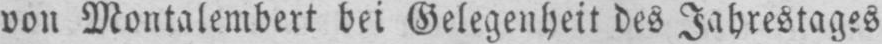
von Montalembert bei Gelegenheit des Jahrestages